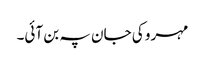
مہرو کی جان پہ بن آئی۔